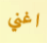
اغني